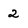
Character: 2